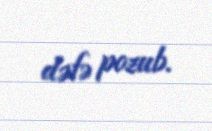
dəfə pozub.